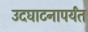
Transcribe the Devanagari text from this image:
उदघाटनापर्यंत